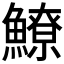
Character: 𩻻